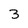
Character: 3